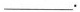
___。